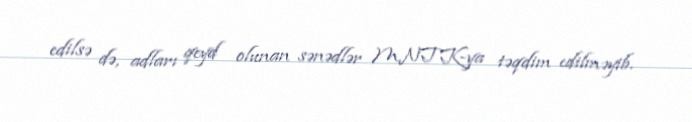
edilsə də, adları qeyd olunan sənədlər MNTK-ya təqdim edilməyib.